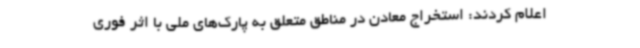
اعلام کردند: استخراج معادن در مناطق متعلق به پارک‌های ملی با اثر فوری